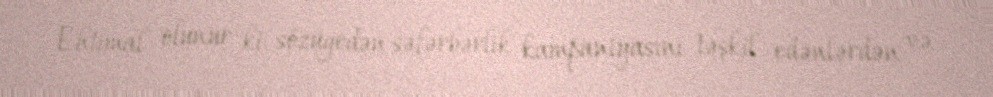
Ehtimal olunur ki, sözügedən səfərbərlik kampaniyasını təşkil edənlərdən və